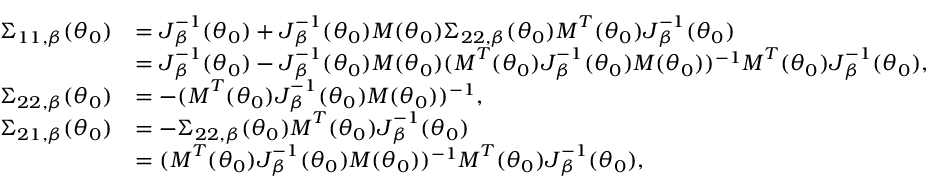
\begin{array} { r l } { \boldsymbol { \Sigma } _ { 1 1 , \beta } ( \boldsymbol { \theta } _ { 0 } ) } & { = \boldsymbol { J } _ { \beta } ^ { - 1 } ( \boldsymbol { \theta } _ { 0 } ) + \boldsymbol { J } _ { \beta } ^ { - 1 } ( \boldsymbol { \theta } _ { 0 } ) \boldsymbol { M } ( \boldsymbol { \theta } _ { 0 } ) \boldsymbol { \Sigma } _ { 2 2 , \beta } ( \boldsymbol { \theta } _ { 0 } ) \boldsymbol { M } ^ { T } ( \boldsymbol { \theta } _ { 0 } ) \boldsymbol { J } _ { \beta } ^ { - 1 } ( \boldsymbol { \theta } _ { 0 } ) } \\ & { = \boldsymbol { J } _ { \beta } ^ { - 1 } ( \boldsymbol { \theta } _ { 0 } ) - \boldsymbol { J } _ { \beta } ^ { - 1 } ( \boldsymbol { \theta } _ { 0 } ) \boldsymbol { M } ( \boldsymbol { \theta } _ { 0 } ) ( \boldsymbol { M } ^ { T } ( \boldsymbol { \theta } _ { 0 } ) \boldsymbol { J } _ { \beta } ^ { - 1 } ( \boldsymbol { \theta } _ { 0 } ) \boldsymbol { M } ( \boldsymbol { \theta } _ { 0 } ) ) ^ { - 1 } \boldsymbol { M } ^ { T } ( \boldsymbol { \theta } _ { 0 } ) \boldsymbol { J } _ { \beta } ^ { - 1 } ( \boldsymbol { \theta } _ { 0 } ) , } \\ { \boldsymbol { \Sigma } _ { 2 2 , \beta } ( \boldsymbol { \theta } _ { 0 } ) } & { = - ( \boldsymbol { M } ^ { T } ( \boldsymbol { \theta } _ { 0 } ) \boldsymbol { J } _ { \beta } ^ { - 1 } ( \boldsymbol { \theta } _ { 0 } ) \boldsymbol { M } ( \boldsymbol { \theta } _ { 0 } ) ) ^ { - 1 } , } \\ { \boldsymbol { \Sigma } _ { 2 1 , \beta } ( \boldsymbol { \theta } _ { 0 } ) } & { = - \boldsymbol { \Sigma } _ { 2 2 , \beta } ( \boldsymbol { \theta } _ { 0 } ) \boldsymbol { M } ^ { T } ( \boldsymbol { \theta } _ { 0 } ) \boldsymbol { J } _ { \beta } ^ { - 1 } ( \boldsymbol { \theta } _ { 0 } ) } \\ & { = ( \boldsymbol { M } ^ { T } ( \boldsymbol { \theta } _ { 0 } ) \boldsymbol { J } _ { \beta } ^ { - 1 } ( \boldsymbol { \theta } _ { 0 } ) \boldsymbol { M } ( \boldsymbol { \theta } _ { 0 } ) ) ^ { - 1 } \boldsymbol { M } ^ { T } ( \boldsymbol { \theta } _ { 0 } ) \boldsymbol { J } _ { \beta } ^ { - 1 } ( \boldsymbol { \theta } _ { 0 } ) , } \end{array}